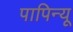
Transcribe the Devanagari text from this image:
पापिन्यू